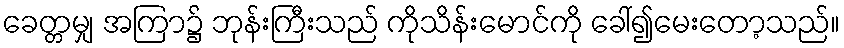
ခေတ္တမျှ အကြာ၌ ဘုန်းကြီးသည် ကိုသိန်းမောင်ကို ခေါ်၍မေးတော့သည်။